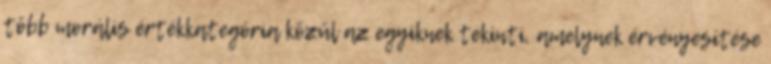
több morális értékkategória közül az egyiknek tekinti, amelynek érvényesítése